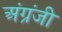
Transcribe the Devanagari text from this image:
अंग्रंजी